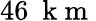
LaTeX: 46~\mathrm{~k~m~}